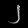
Digit: ၂